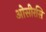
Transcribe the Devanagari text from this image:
ओसीरसि